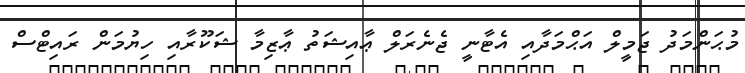
މުޙަންމަދު ޖަމީލް އަޙްމަދާއި އެޓާނީ ޖެނެރަލް ޢާއިޝަތު ޢާޒިމާ ޝަކޫރާއި ހިޔުމަން ރައިޓްސް